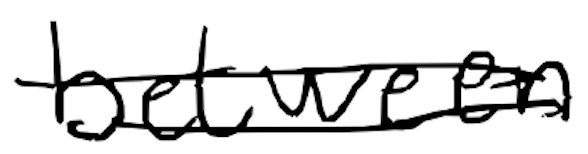
Text: between
Cross-out: double-line
Writing tool: digital_black